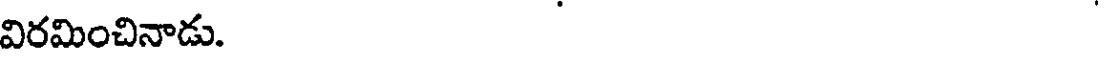
విరమించినాడు.